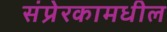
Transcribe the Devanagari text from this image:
संप्रेरकामधील